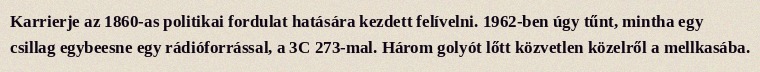
Karrierje az 1860-as politikai fordulat hatására kezdett felívelni. 1962-ben úgy tűnt, mintha egy csillag egybeesne egy rádióforrással, a 3C 273-mal. Három golyót lőtt közvetlen közelről a mellkasába.